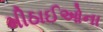
મીઠાઈઓના